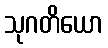
သုဂတိယော